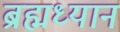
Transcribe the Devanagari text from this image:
ब्रह्मध्यान